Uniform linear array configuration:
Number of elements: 16
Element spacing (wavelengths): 1
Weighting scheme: uniform
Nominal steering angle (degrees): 60
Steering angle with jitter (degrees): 58.97
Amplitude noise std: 0.05
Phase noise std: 0.05

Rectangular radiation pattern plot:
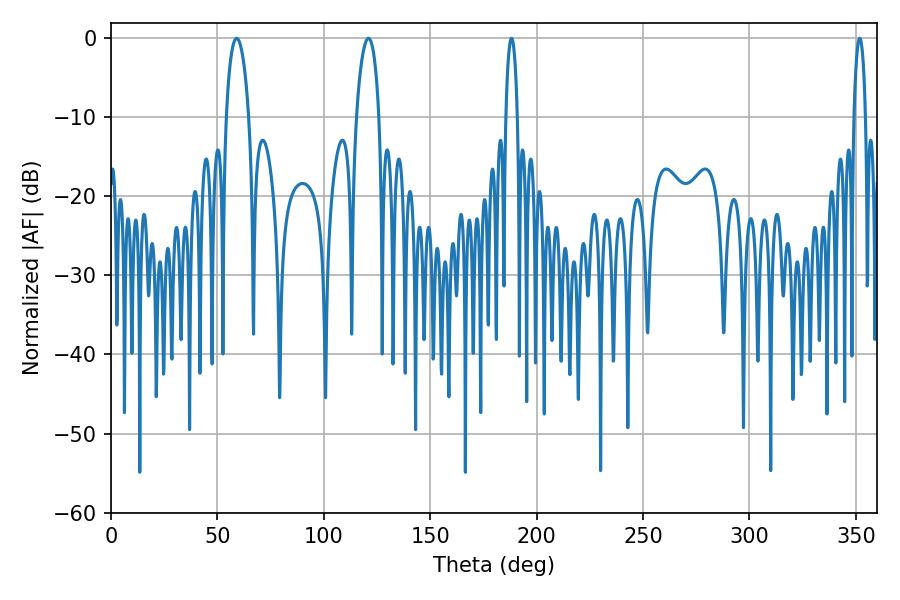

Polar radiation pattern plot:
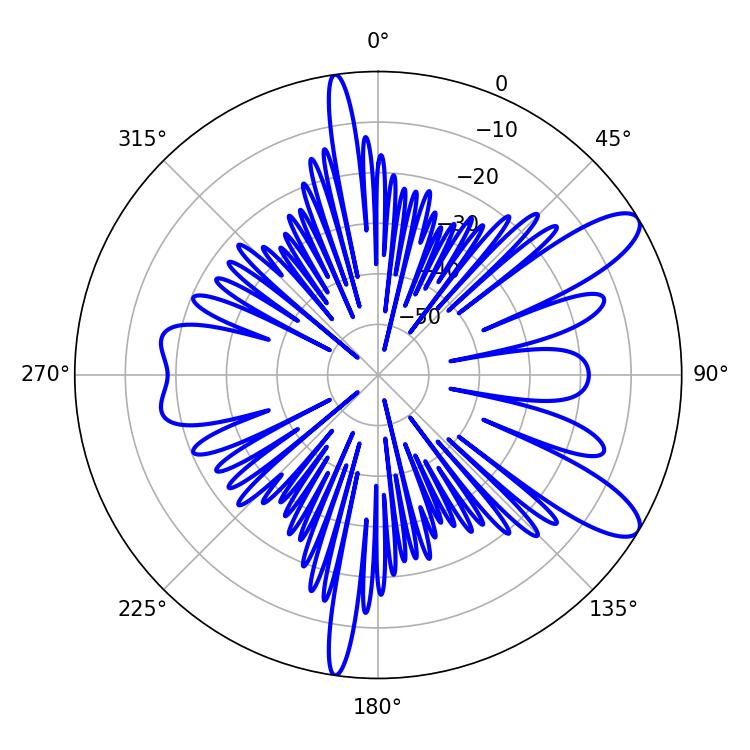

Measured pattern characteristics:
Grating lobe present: TRUE
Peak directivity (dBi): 10.474
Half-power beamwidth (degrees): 6.12
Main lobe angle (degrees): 59.04